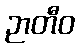
ဉာတီဝ